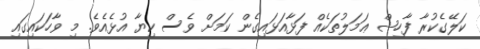
ކަލޭގެކުރާ ފާހިޝް ޢަމަލުތަކެއް ފަޅާއަޅައިގެން ކަމަށް ވެސް ކިޔާ އުޅެއެވެ. މި ވާހަކައިގައި